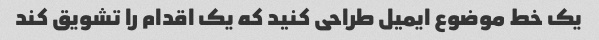
یک خط موضوع ایمیل طراحی کنید که یک اقدام را تشویق کند